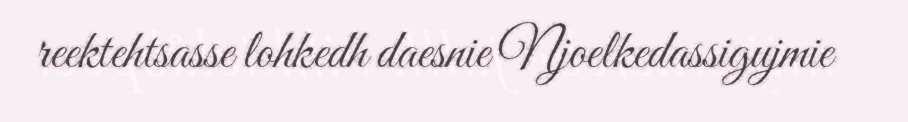
reektehtsasse lohkedh daesnie Njoelkedassigujmie